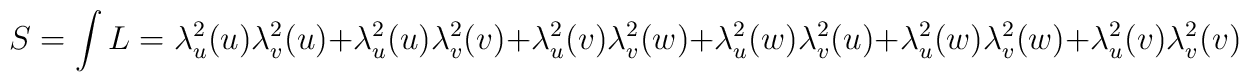
S=\int L=\lambda^2_u(u)\lambda^2_v(u)+\lambda^2_u(u)\lambda^2_v(v)+\lambda^2_u(v)\lambda^2_v(w)+\lambda^2_u(w)\lambda^2_v(u)+\lambda^2_u(w)\lambda^2_v(w)+\lambda^2_u(v)\lambda^2_v(v)\qquad